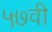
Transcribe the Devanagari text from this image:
५७वी